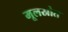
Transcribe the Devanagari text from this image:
मूलस्रोत